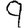
Digit: 9